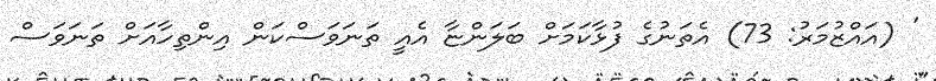
' (އައްޒުމަރު: 73) އެތަނުގެ ފުޅާކަމަށް ބަލަންޏާ އެއީ ތަނަވަސްކަން އިންތިހާއަށް ތަނަވަސް